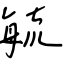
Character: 毓